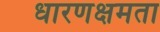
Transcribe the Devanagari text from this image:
धारणक्षमता